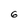
Character: 6